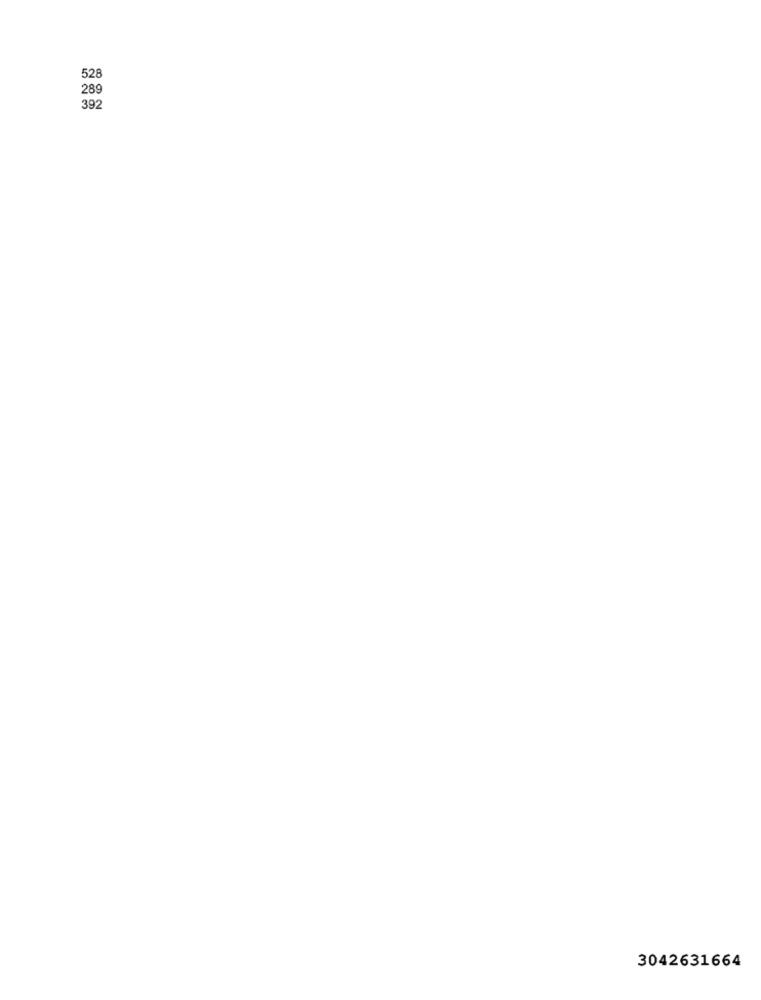
528
289
39
3042631664